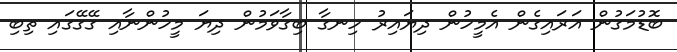
ބޮޑުމަގުން އަރައިގެން އެމީހުން ދިޔައިރު ހިނގާ ބިގާވަމުން ދިޔަ މީހުންނާއި ގޭގޭގައި ތިބި